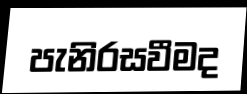
පැනිරසවීමද